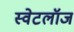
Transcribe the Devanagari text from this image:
स्वेटलॉज